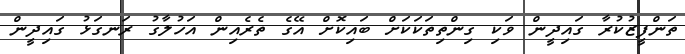
ތަންފީޒުކުރާ ގައިދީން ވަކި ގިންތިތަކަކަށް ބައިކޮށް އޭގެ ތެރެއިން އަހުލާގު ރަނގަޅު ގައިދީން